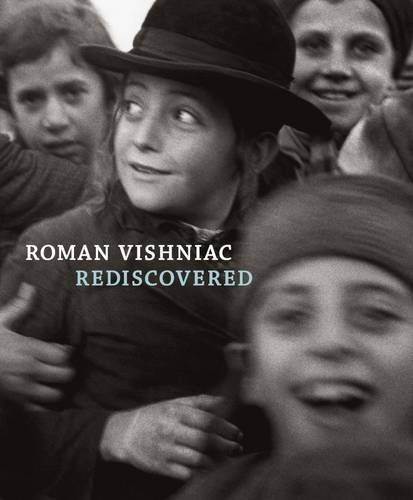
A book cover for Roman Vishniac Rediscovered; Arts & Photography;